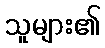
သူများ၏